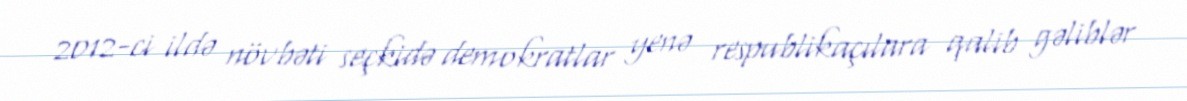
2012-ci ildə növbəti seçkidə demokratlar yenə respublikaçılara qalib gəliblər